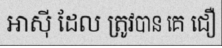
អាស៊ី ដែល ត្រូវបាន គេ ជឿ